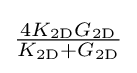
{\tfrac {4K_{\mathrm {2D} }G_{\mathrm {2D} }}{K_{\mathrm {2D} }+G_{\mathrm {2D} }}}